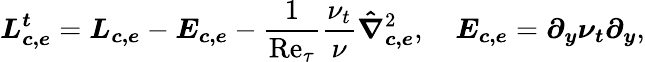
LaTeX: \boldsymbol{L_{c,e}^{t}}=\boldsymbol{L_{c,e}}-\boldsymbol{E_{c,e}}-\frac{1}{\mathrm{Re}_{\tau}}\frac{\nu_{t}}{\nu}\boldsymbol{\hat{\nabla}_{c,e}}^{2},\quad\boldsymbol{E_{c,e}}=\boldsymbol{\partial_{y}\nu_{t}\partial_{y}},